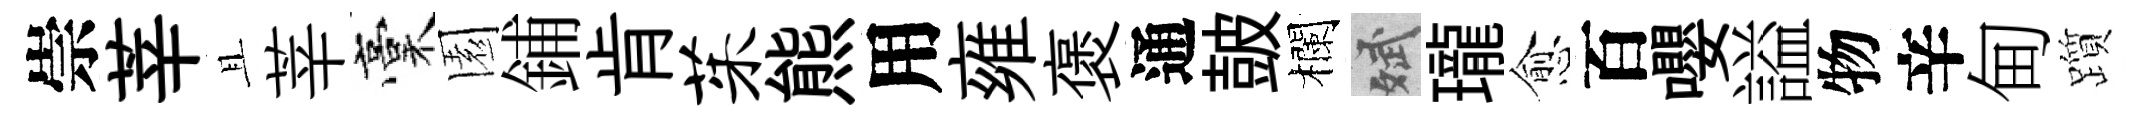
崇莘且莘稾園鋪肯茱熊用雍褒通皷欄斌瓏愈百嚶謚物辛甸躓